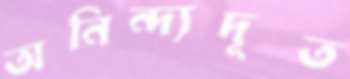
অনিন্দ্যদূত